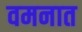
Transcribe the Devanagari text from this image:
वमनात